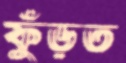
ফুঁড়ত